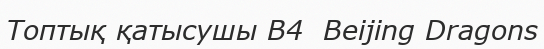
Топтық қатысушы B4  Beijing Dragons